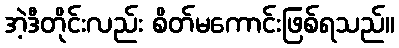
အဲ့ဒီတိုင်းလည်း စိတ်မကောင်းဖြစ်ရသည်။